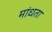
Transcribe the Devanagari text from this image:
मांधता